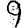
Digit: 9